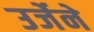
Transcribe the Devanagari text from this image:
उर्जेने